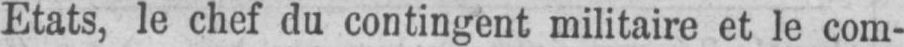
Etats, le chef du contingent militaire et le com-